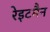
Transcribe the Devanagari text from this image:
रेइटमैन